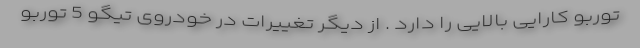
توربو کارایی بالایی را دارد . از دیگر تغییرات در خودروی تیگو 5 توربو